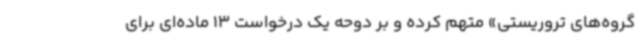
گروه‌های تروریستی» متهم کرده و بر دوحه یک درخواست 13 ماده‌ای برای